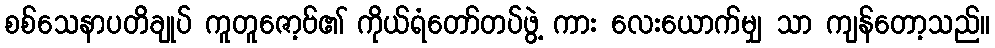
စစ်သေနာပတိချုပ် ကူတူဇော့ဗ်၏ ကိုယ်ရံတော်တပ်ဖွဲ့ ကား လေးယောက်မျှ သာ ကျန်တော့သည်။